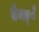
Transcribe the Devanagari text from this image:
तेमङ्ै